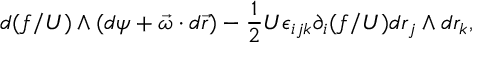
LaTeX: d ( f / U ) \wedge ( d \psi + \vec { \omega } \cdot d \vec { r } ) - \frac { 1 } { 2 } U \epsilon _ { i j k } \partial _ { i } ( f / U ) d r _ { j } \wedge d r _ { k } ,